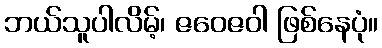
ဘယ်သူပါလိမ့်၊ ဇဝေဇဝါ ဖြစ်နေပုံ။